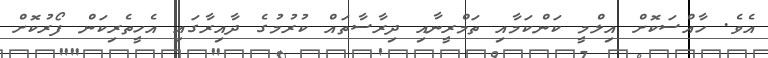
އެވެ. ހާއްސަކޮށް އިލްމީ ކަންކަމާއި ތަމްރީނާއި ދިރާސާތައް ކުރުމުގެ ދާއިރާގައި އެހީތެރިކަން ފޯރުކޮށް